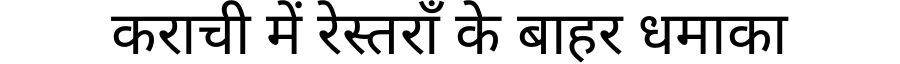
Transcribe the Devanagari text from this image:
कराची में रेस्तराँ के बाहर धमाका